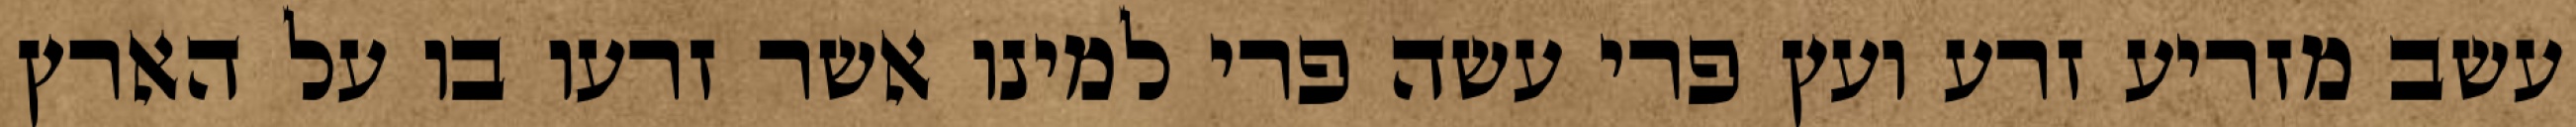
עשב מזריע זרע ועץ פרי עשה פרי למינו אשר זרעו בו על הארץ